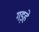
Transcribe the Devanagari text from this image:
गड़हे